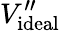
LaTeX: V_{\mathrm{ideal}}^{\prime\prime}